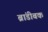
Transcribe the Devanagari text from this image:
ब्रांडीबक